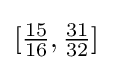
[{\tfrac {15}{16}},{\tfrac {31}{32}}]